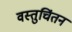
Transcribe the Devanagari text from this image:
वस्तुचिंतन